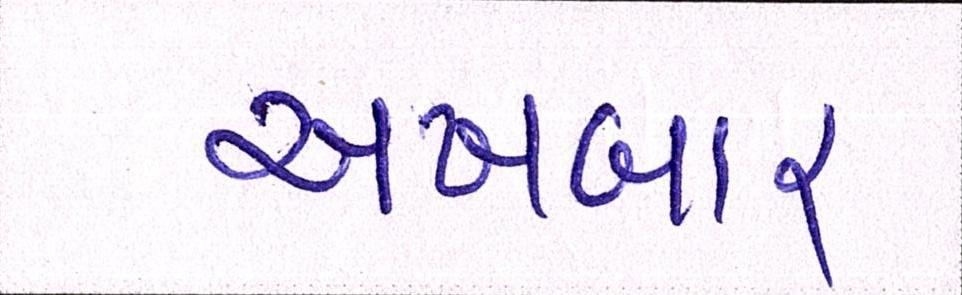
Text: અખબાર